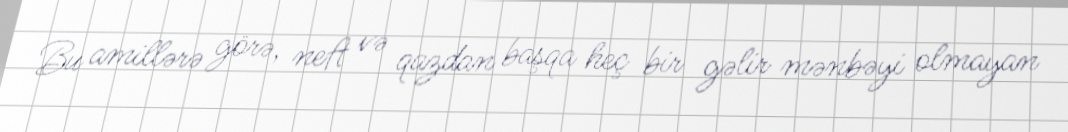
Bu amillərə görə, neft və qazdan başqa heç bir gəlir mənbəyi olmayan